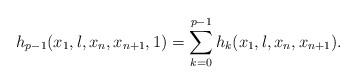
LaTeX: \begin{align*}h_{p-1}(x_1,\l,x_n,x_{n+1},1)=\sum_{k=0}^{p-1}h_k(x_1,\l,x_n,x_{n+1}).\end{align*}